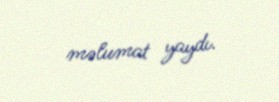
məlumat yaydı.